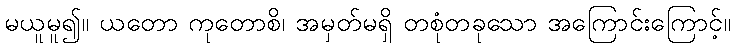
မယူမူ၍။ ယတော ကုတောစိ၊ အမှတ်မရှိ တစုံတခုသော အကြောင်းကြောင့်။